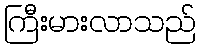
ကြီးမားလာသည်